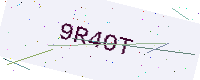
Text: 9R4OT